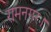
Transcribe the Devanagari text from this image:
रामनगर।